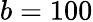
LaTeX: b=100